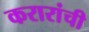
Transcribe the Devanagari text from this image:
करारांची